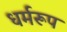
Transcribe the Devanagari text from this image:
धर्मरूप